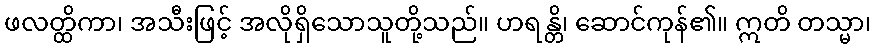
ဖလတ္ထိကာ၊ အသီးဖြင့် အလိုရှိသောသူတို့သည်။ ဟရန္တိ၊ ဆောင်ကုန်၏။ ဣတိ တသ္မာ၊